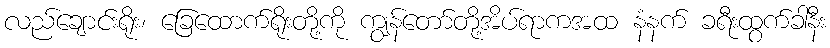
လည်ချောင်းရိုး၊ ခြေထောက်ရိုးတို့ကို ကျွန်တော်တို့အိပ်ရာကအထ နံနက် ခရီးထွက်ခါနီး